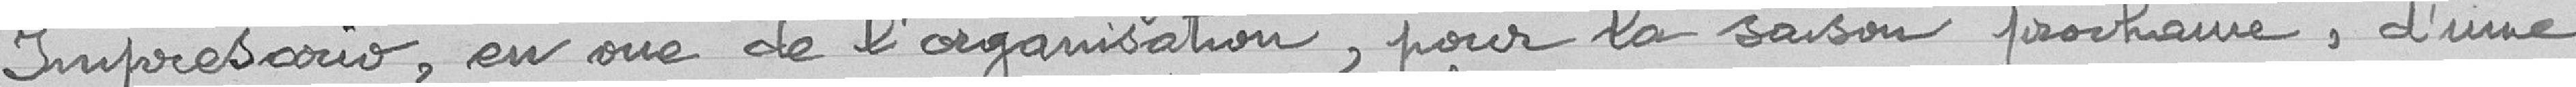
impresario, en vue de l'organisation, pour la saison prochaine, d'une